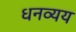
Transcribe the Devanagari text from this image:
धनव्यय